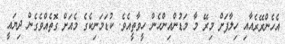
އެހެންރޭރެއާއި ހިލާފަށް މިރޭ މާ މަޑުންއިންހެން ހީވާތީއެވެ. ކުޑަމަނިކެގެ މެއަށް ގޮތެއްވެގެން ދިޔައީ